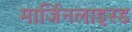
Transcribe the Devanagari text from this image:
मार्जिनलाइस्ड